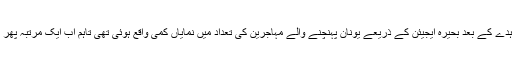
یورپی یونین اور ترکی کے درمیان طے پانے والے معاہدے کے بعد بحیرہ ایجیئن کے ذریعے یونان پہنچنے والے مہاجرین کی تعداد میں نمایاں کمی واقع ہوئی تھی تاہم اب ایک مرتبہ پھر مہاجرین یہ راستہ استعمال کرتے دکھائی دے رہے ہیں۔